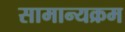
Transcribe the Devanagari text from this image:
सामान्यक्रम